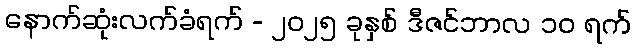
နောက်ဆုံးလက်ခံရက် - ၂၀၂၅ ခုနှစ် ဒီဇင်ဘာလ ၁၀ ရက်